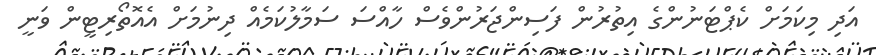
އަދި މިކަމަށް ކެޕްޓަނުންގެ އިތުރުން ފަސިންޖަރުންވެސް ހާއްސަ ސަމާލުކަމެއް ދިނުމަށް އެއޮތޯރިޓީން ވަނީ